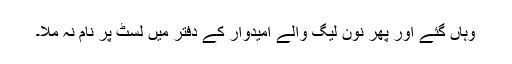
وہاں گئے اور پھر نون لیگ والے امیدوار کے دفتر میں لسٹ پر نام نہ ملا۔